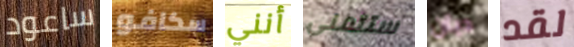
ساعود سكافو أنني ستتمنى ديان لقد